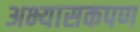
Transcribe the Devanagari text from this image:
अभ्यासकपण